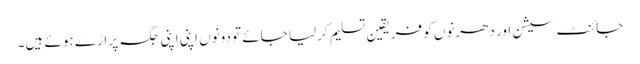
جائنٹ سیشن اور دھرنوں کو فریقین تسلیم کرلیا جائے تو دونوں اپنی اپنی جگہ پر اڑے ہوئے ہیں۔